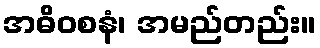
အဓိဝစနံ၊ အမည်တည်း။